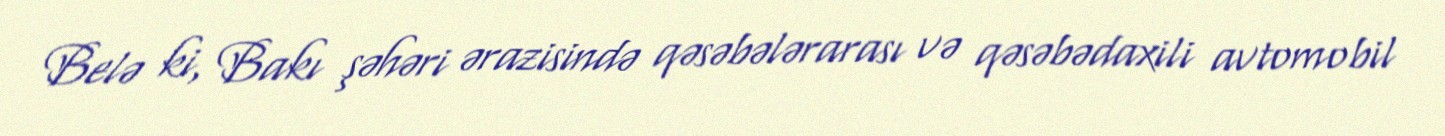
Belə ki, Bakı şəhəri ərazisində qəsəbələrarası və qəsəbədaxili avtomobil